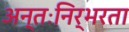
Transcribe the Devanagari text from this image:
अन्तःनिर्भरता